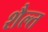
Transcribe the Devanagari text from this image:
शैल्त